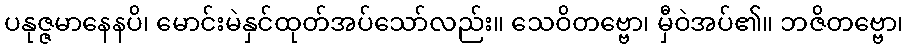
ပနုဇ္ဇမာနေနပိ၊ မောင်းမဲနှင်ထုတ်အပ်သော်လည်း။ သေဝိတဗ္ဗော၊ မှီဝဲအပ်၏။ ဘဇိတဗ္ဗော၊